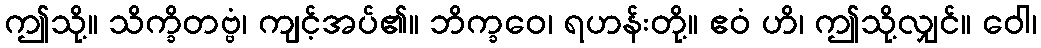
ဤသို့။ သိက္ခိတဗ္ဗံ၊ ကျင့်အပ်၏။ ဘိက္ခဝေ၊ ရဟန်းတို့။ ဧဝံ ဟိ၊ ဤသို့လျှင်။ ဝေါ၊